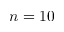
n = 1 0